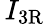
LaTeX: \, I_{\mathrm{{3R}}}